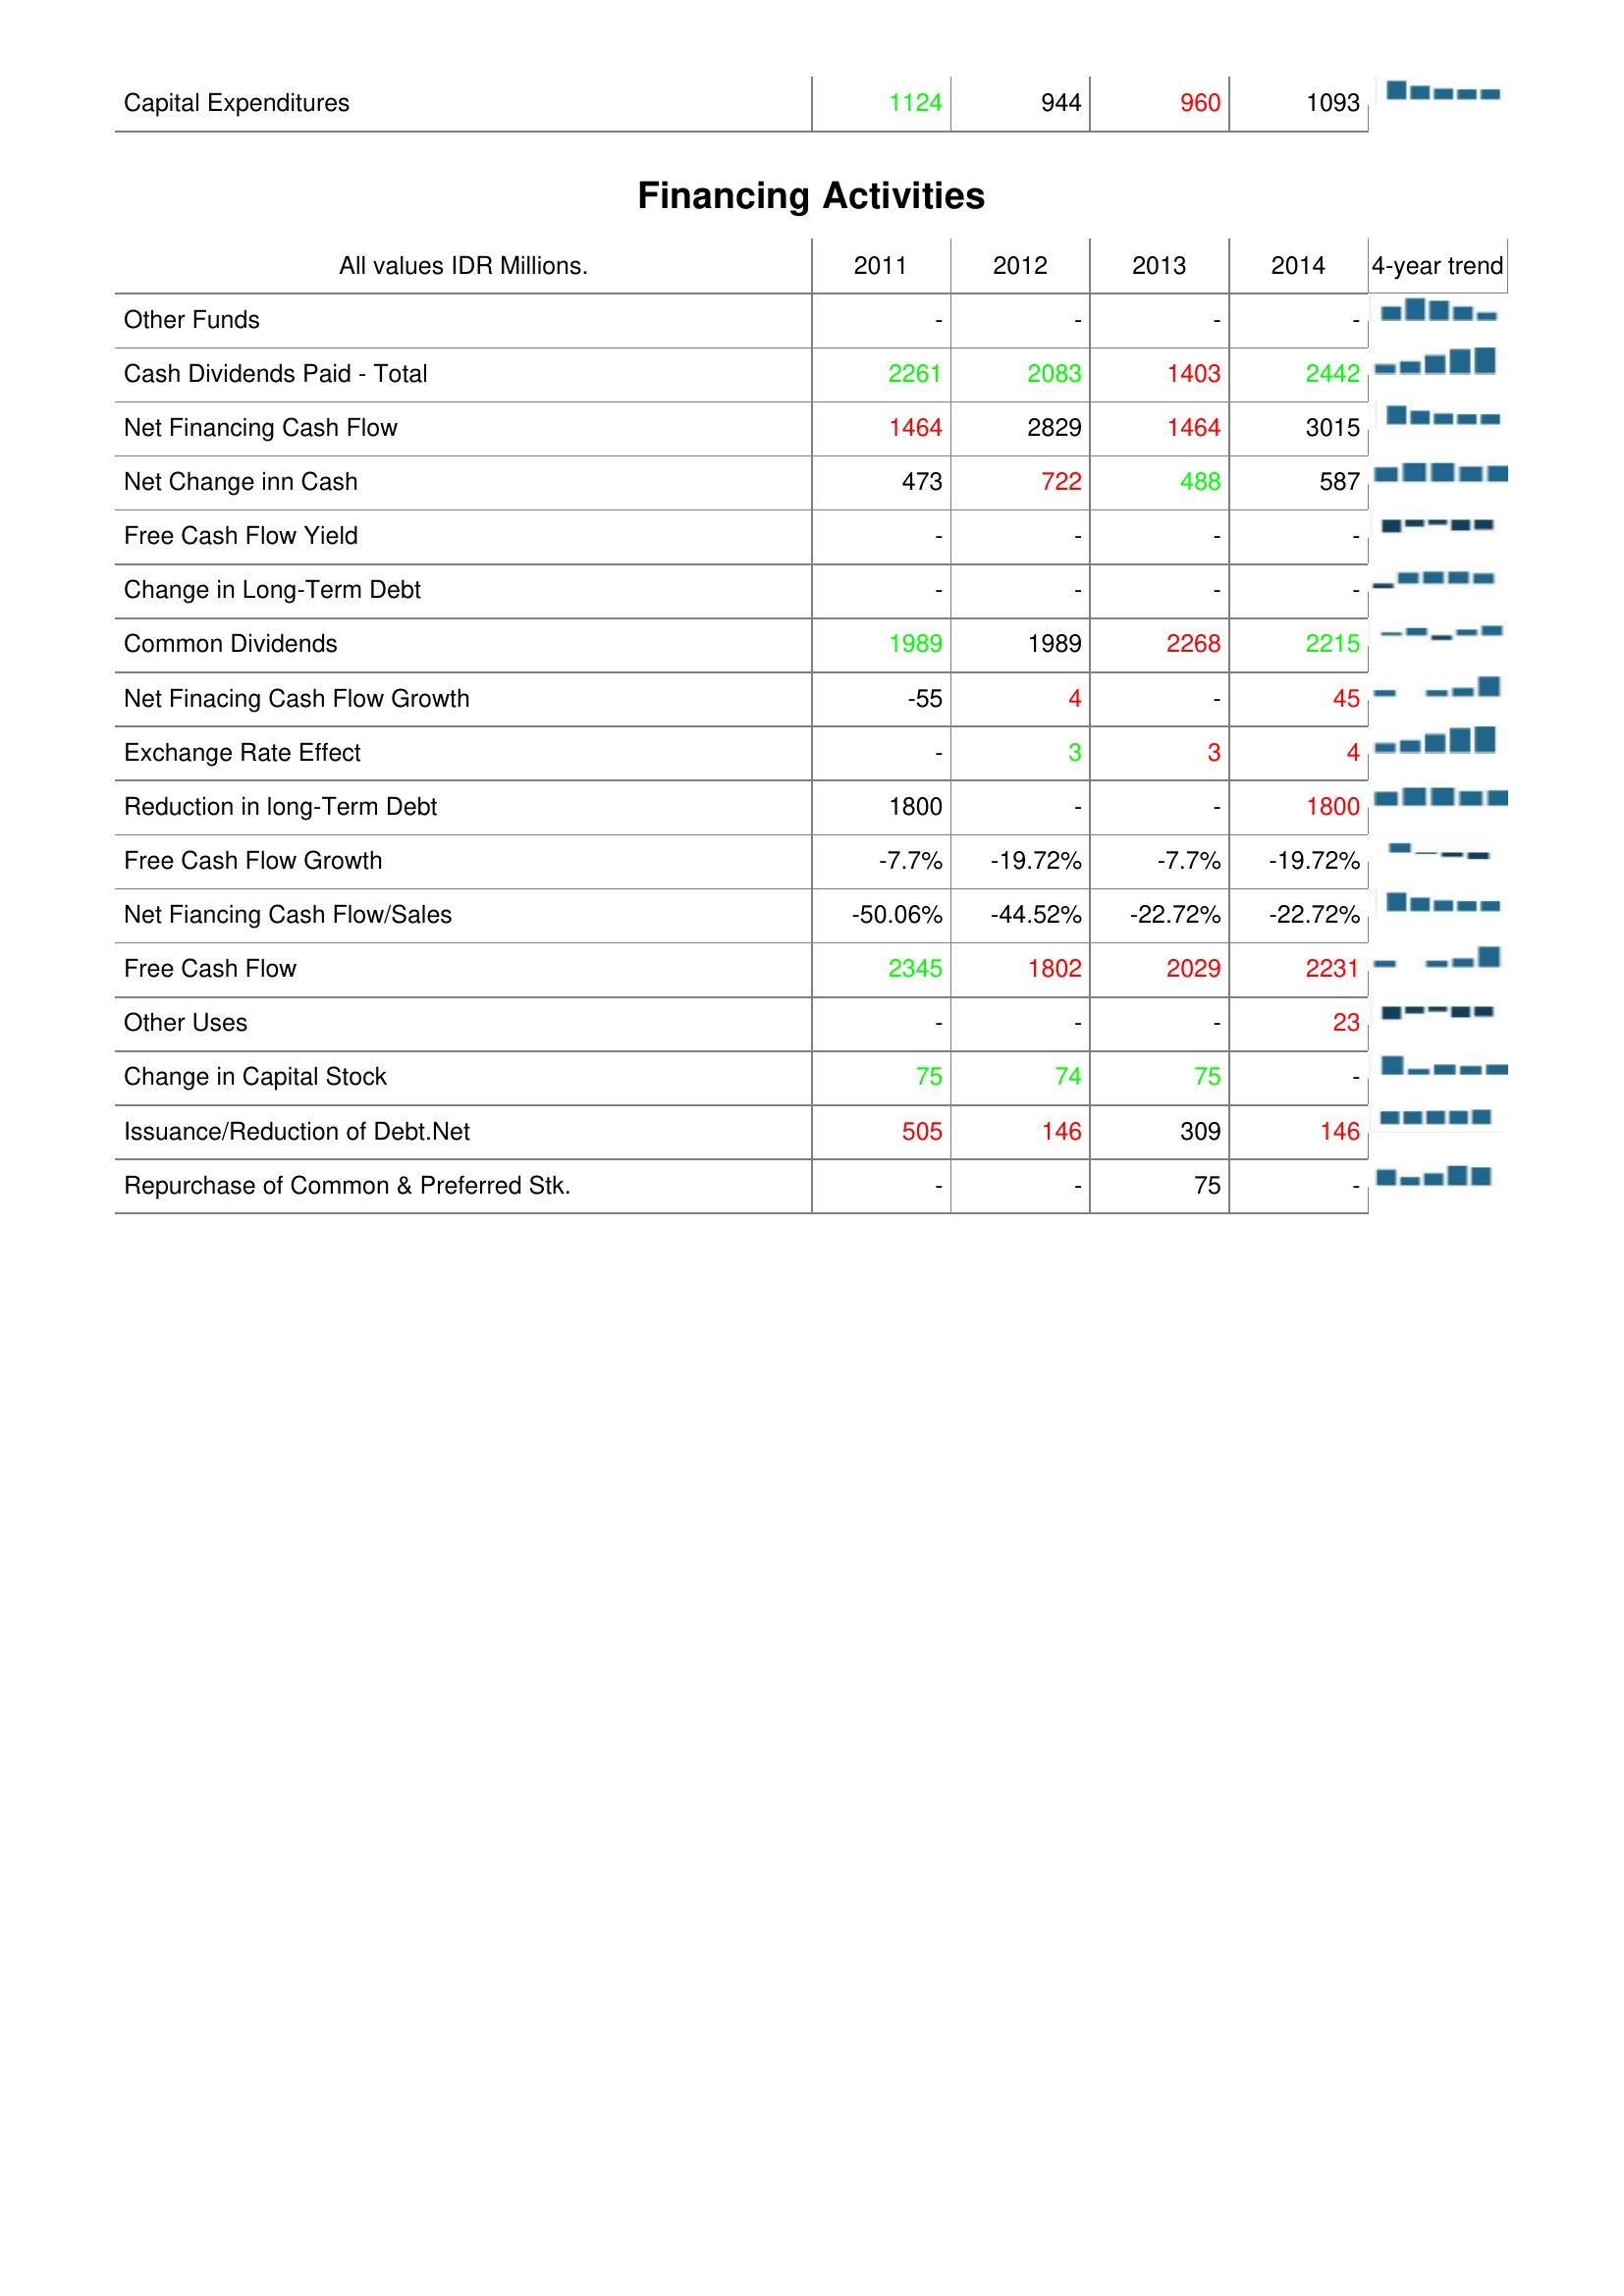
2011: Investing Activities: Capital Expenditures: 1124
Financing Activities: Other Funds: -
Cash Dividends Paid - Total: 2261
Net Financing Cash Flow: 1464
Net Change inn Cash: 473
Free Cash Flow Yield: -
Change in Long-Term Debt: -
Common Dividends: 1989
Net Finacing Cash Flow Growth: -55
Exchange Rate Effect: -
Reduction in long-Term Debt: 1800
Free Cash Flow Growth: -7.7%
Net Fiancing Cash Flow/Sales: -50.06%
Free Cash Flow: 2345
Other Uses: -
Change in Capital Stock: 75
Issuance/Reduction of Debt.Net: 505
Repurchase of Common & Preferred Stk.: -
2012: Investing Activities: Capital Expenditures: 944
Financing Activities: Other Funds: -
Cash Dividends Paid - Total: 2083
Net Financing Cash Flow: 2829
Net Change inn Cash: 722
Free Cash Flow Yield: -
Change in Long-Term Debt: -
Common Dividends: 1989
Net Finacing Cash Flow Growth: 4
Exchange Rate Effect: 3
Reduction in long-Term Debt: -
Free Cash Flow Growth: -19.72%
Net Fiancing Cash Flow/Sales: -44.52%
Free Cash Flow: 1802
Other Uses: -
Change in Capital Stock: 74
Issuance/Reduction of Debt.Net: 146
Repurchase of Common & Preferred Stk.: -
2013: Investing Activities: Capital Expenditures: 960
Financing Activities: Other Funds: -
Cash Dividends Paid - Total: 1403
Net Financing Cash Flow: 1464
Net Change inn Cash: 488
Free Cash Flow Yield: -
Change in Long-Term Debt: -
Common Dividends: 2268
Net Finacing Cash Flow Growth: -
Exchange Rate Effect: 3
Reduction in long-Term Debt: -
Free Cash Flow Growth: -7.7%
Net Fiancing Cash Flow/Sales: -22.72%
Free Cash Flow: 2029
Other Uses: -
Change in Capital Stock: 75
Issuance/Reduction of Debt.Net: 309
Repurchase of Common & Preferred Stk.: 75
2014: Investing Activities: Capital Expenditures: 1093
Financing Activities: Other Funds: -
Cash Dividends Paid - Total: 2442
Net Financing Cash Flow: 3015
Net Change inn Cash: 587
Free Cash Flow Yield: -
Change in Long-Term Debt: -
Common Dividends: 2215
Net Finacing Cash Flow Growth: 45
Exchange Rate Effect: 4
Reduction in long-Term Debt: 1800
Free Cash Flow Growth: -19.72%
Net Fiancing Cash Flow/Sales: -22.72%
Free Cash Flow: 2231
Other Uses: 23
Change in Capital Stock: -
Issuance/Reduction of Debt.Net: 146
Repurchase of Common & Preferred Stk.: -